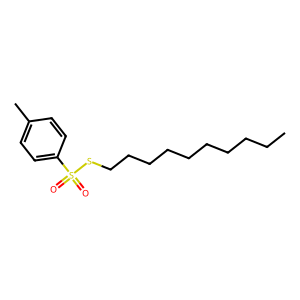
SMILES: CCCCCCCCCCSS(=O)(=O)c1ccc(C)cc1
Inhibits HIV replication: No